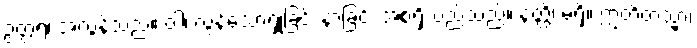
ဥတ္တရံ၊ အလွန်သည်။ ဝါ၊ လွန်သောရှုခြင်း နာခြင်း အစရှိသည်သည်။ နတ္ထိ၊ မရှိ။ ဣတိတသ္မာ၊